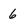
Character: 6